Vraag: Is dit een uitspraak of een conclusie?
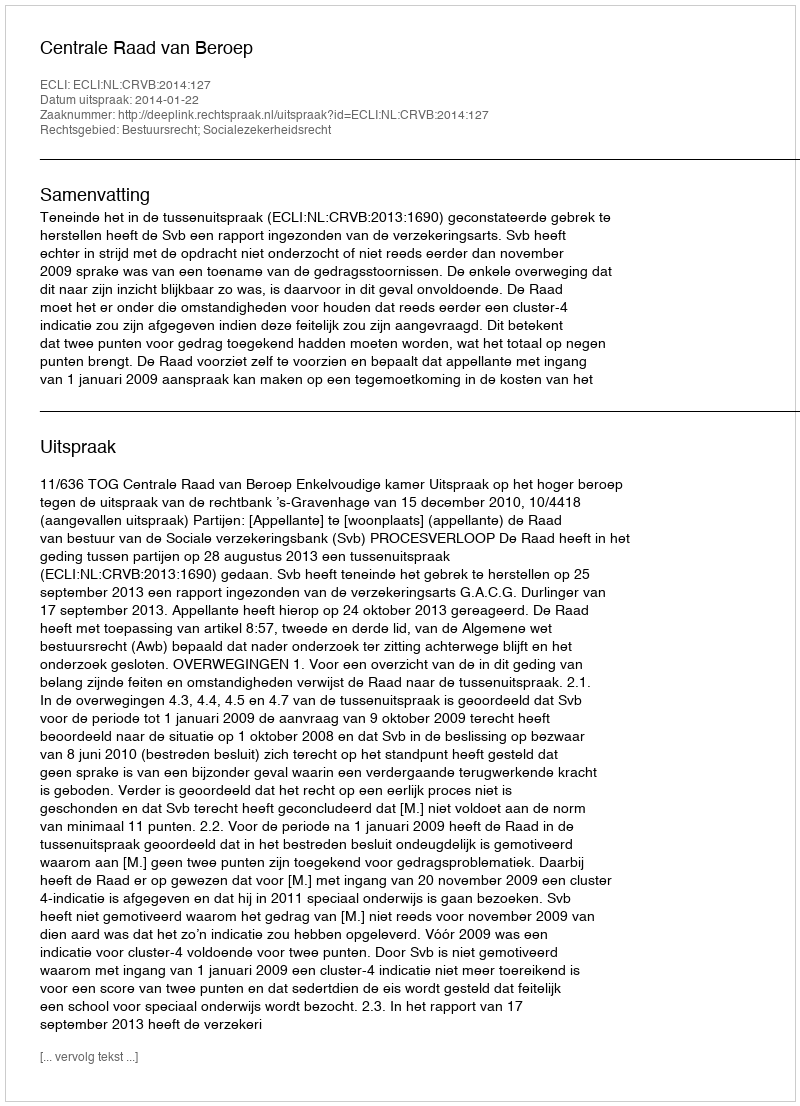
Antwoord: Uitspraak